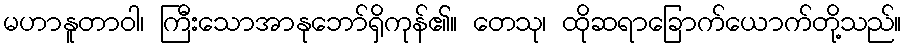
မဟာနူတာဝါ၊ ကြီးသောအာနုဘော်ရှိကုန်၏။ တေသု၊ ထိုဆရာခြောက်ယောက်တို့သည်။